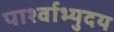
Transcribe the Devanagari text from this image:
पार्श्वाभ्युदय